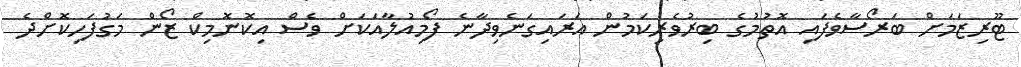
ޓޫރިޒަމަށް ބަރޯސާވެފައި އޮތުމުގެ ބިރުވެރިކަމުން އަރައިގަނެވިދާނެ ފޯމިއުލާއަކަށް ވެސް އިކޮނޮމިކް ޒޯން މަގުފަހިކޮށްދެ